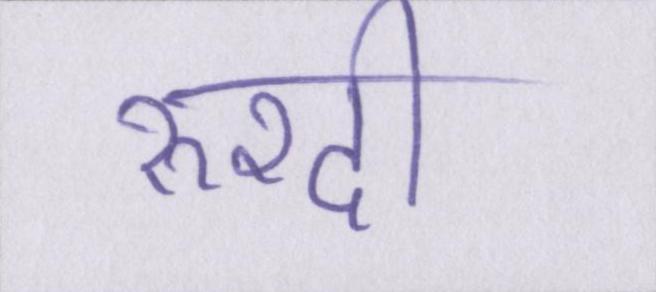
रुश्दी